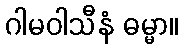
ဂါမဝါသီနံ ဓမ္မာ။